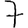
Digit: 7